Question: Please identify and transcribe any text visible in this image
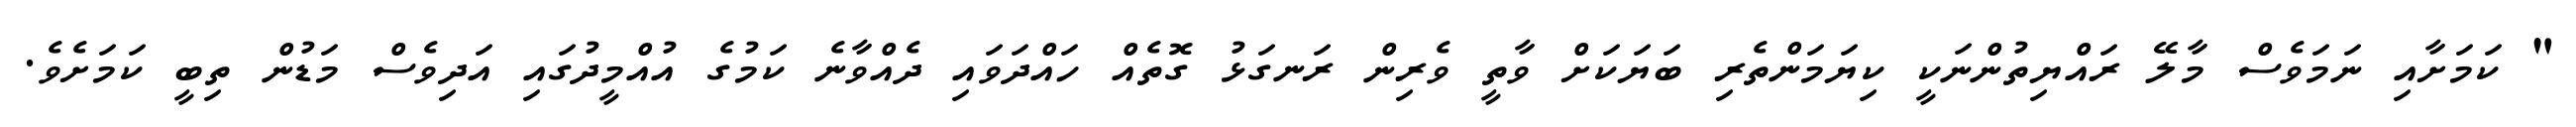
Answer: " ކަމަށާއި ނަމަވެސް މާލޭ ރައްޔިތުންނަކީ ކިޔަމަންތެރި ބަޔަކަށް ވާތީ ވެރިން ރަނގަޅު ގޮތެއް ހައްދަވައި ދެއްވާނެ ކަމުގެ އުއްމީދުގައި އަދިވެސް މަޑުން ތިބީ ކަމަށެވެ.